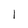
Character: l